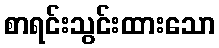
စာရင်းသွင်းထားသော